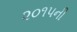
૨૦૧૫ની